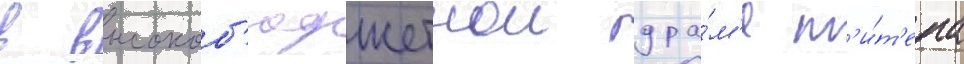
в высокоб'юджетнои дра́м'е п'и́т'ера